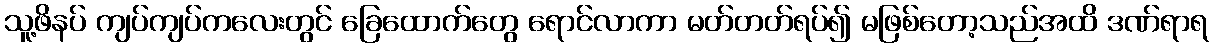
သူ့ဖိနပ် ကျပ်ကျပ်ကလေးတွင် ခြေထောက်တွေ ရောင်လာကာ မတ်တတ်ရပ်၍ မဖြစ်တော့သည်အထိ ဒဏ်ရာရ